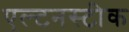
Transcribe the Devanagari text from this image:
एल्टनस्टीक